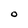
Character: O